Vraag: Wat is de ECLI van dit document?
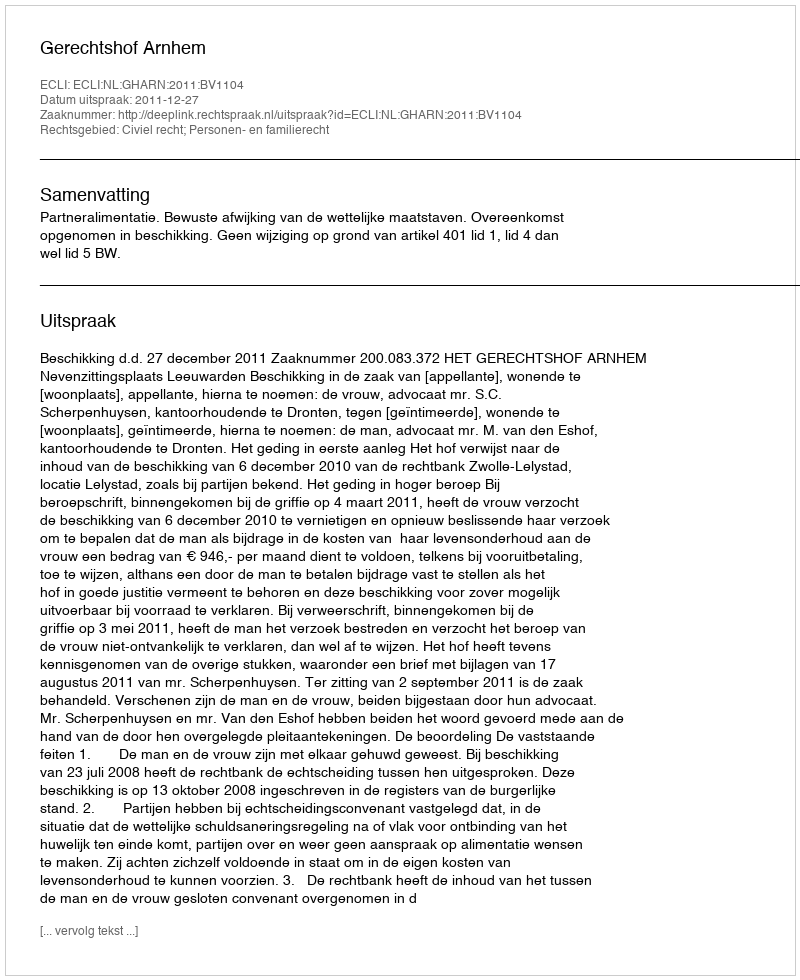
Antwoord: ECLI:NL:GHARN:2011:BV1104